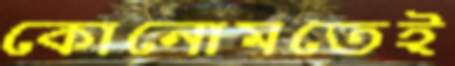
কোনোমতেই